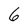
Character: 6